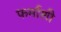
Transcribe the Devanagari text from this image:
फर्माशी